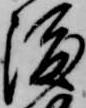
渡